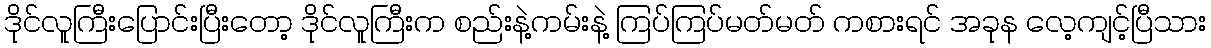
ဒိုင်လူကြီးပြောင်းပြီးတော့ ဒိုင်လူကြီးက စည်းနဲ့ကမ်းနဲ့ ကြပ်ကြပ်မတ်မတ် ကစားရင် အခုန လေ့ကျင့်ပြီသား